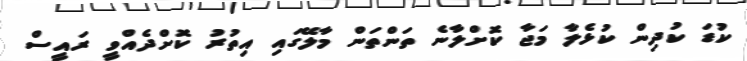
ކުޑަ ކުދިން ކުޅެލާ މަޖާ ކޮށްލާނެ ތަންތަން މާލޭގައި އިތުރު ކޮށްދެއްވީ ރައީސް